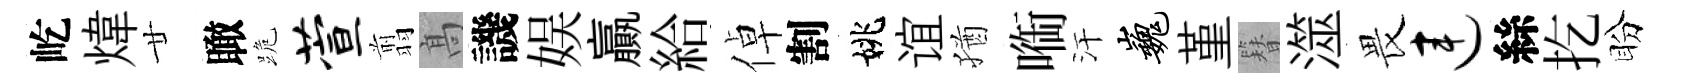
屹煒廿瞰跪萱翦髙譏娱贏給倬割姚谊猶㗸汗巍堇簪澨畏连絲扢盼